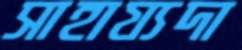
সাহায্যদা